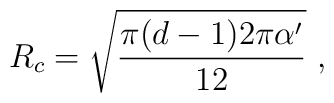
R_c = \sqrt{{\pi(d-1)2\pi\alpha' \over 12}}\ ,